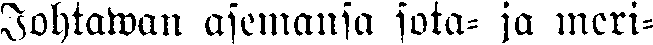
johtaman asemansa sota- ja meri-